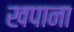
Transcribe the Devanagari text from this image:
खपाना